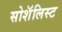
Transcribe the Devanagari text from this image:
सोशॅलिस्ट